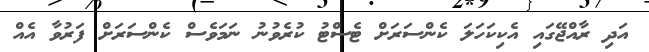
އަދި ރާއްޖޭގައި އެކިކަހަލަ ކެންސަރަށް ޓެސްޓު ކުރެވުނު ނަމަވެސް ކެންސަރަށް ފަރުވާ އެއް